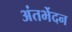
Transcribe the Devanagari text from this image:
अंतर्भेदन